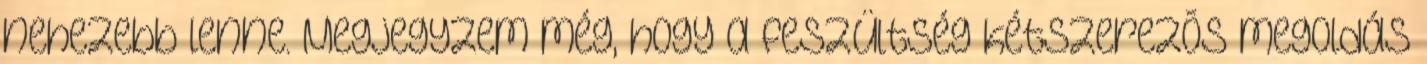
nehezebb lenne. Megjegyzem még, hogy a feszültség kétszerezõs megoldás